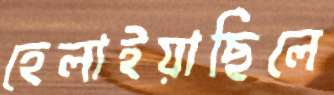
হেলাইয়াছিলে